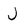
Character: J